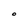
Character: O